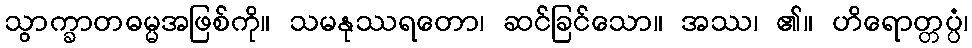
သွာက္ခာတဓမ္မအဖြစ်ကို။ သမနုဿရတော၊ ဆင်ခြင်သော။ အဿ၊ ၏။ ဟိရောတ္တပ္ပံ၊